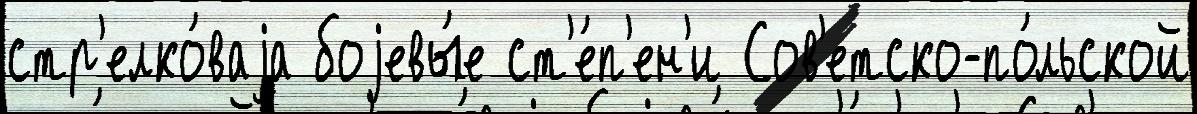
стр'елко́ваjа боjевы́е ст'е́п'ен'и Сов'етско-по́льской